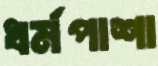
ধর্মপাশা